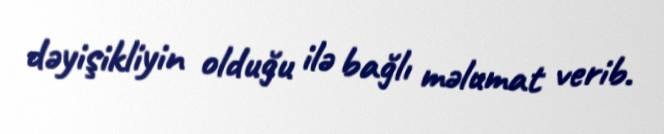
dəyişikliyin olduğu ilə bağlı məlumat verib.